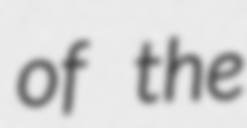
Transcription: of the